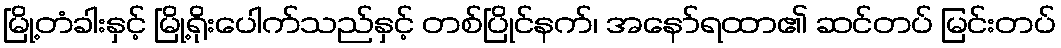
မြို့တံခါးနှင့် မြို့ရိုးပေါက်သည်နှင့် တစ်ပြိုင်နက်၊ အနော်ရထာ၏ ဆင်တပ် မြင်းတပ်